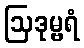
ဩဒုမ္ဗရံ